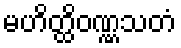
မဟိတ္ထိဝဏ္ဏသတံ